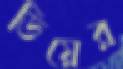
ডিয়ের